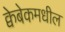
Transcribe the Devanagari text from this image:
क्वेबेकमधील